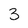
Character: 3